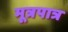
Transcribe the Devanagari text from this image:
मूत्रपात्र